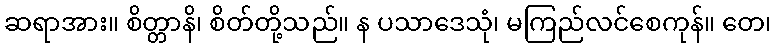
ဆရာအား။ စိတ္တာနိ၊ စိတ်တို့သည်။ န ပသာဒေသုံ၊ မကြည်လင်စေကုန်။ တေ၊